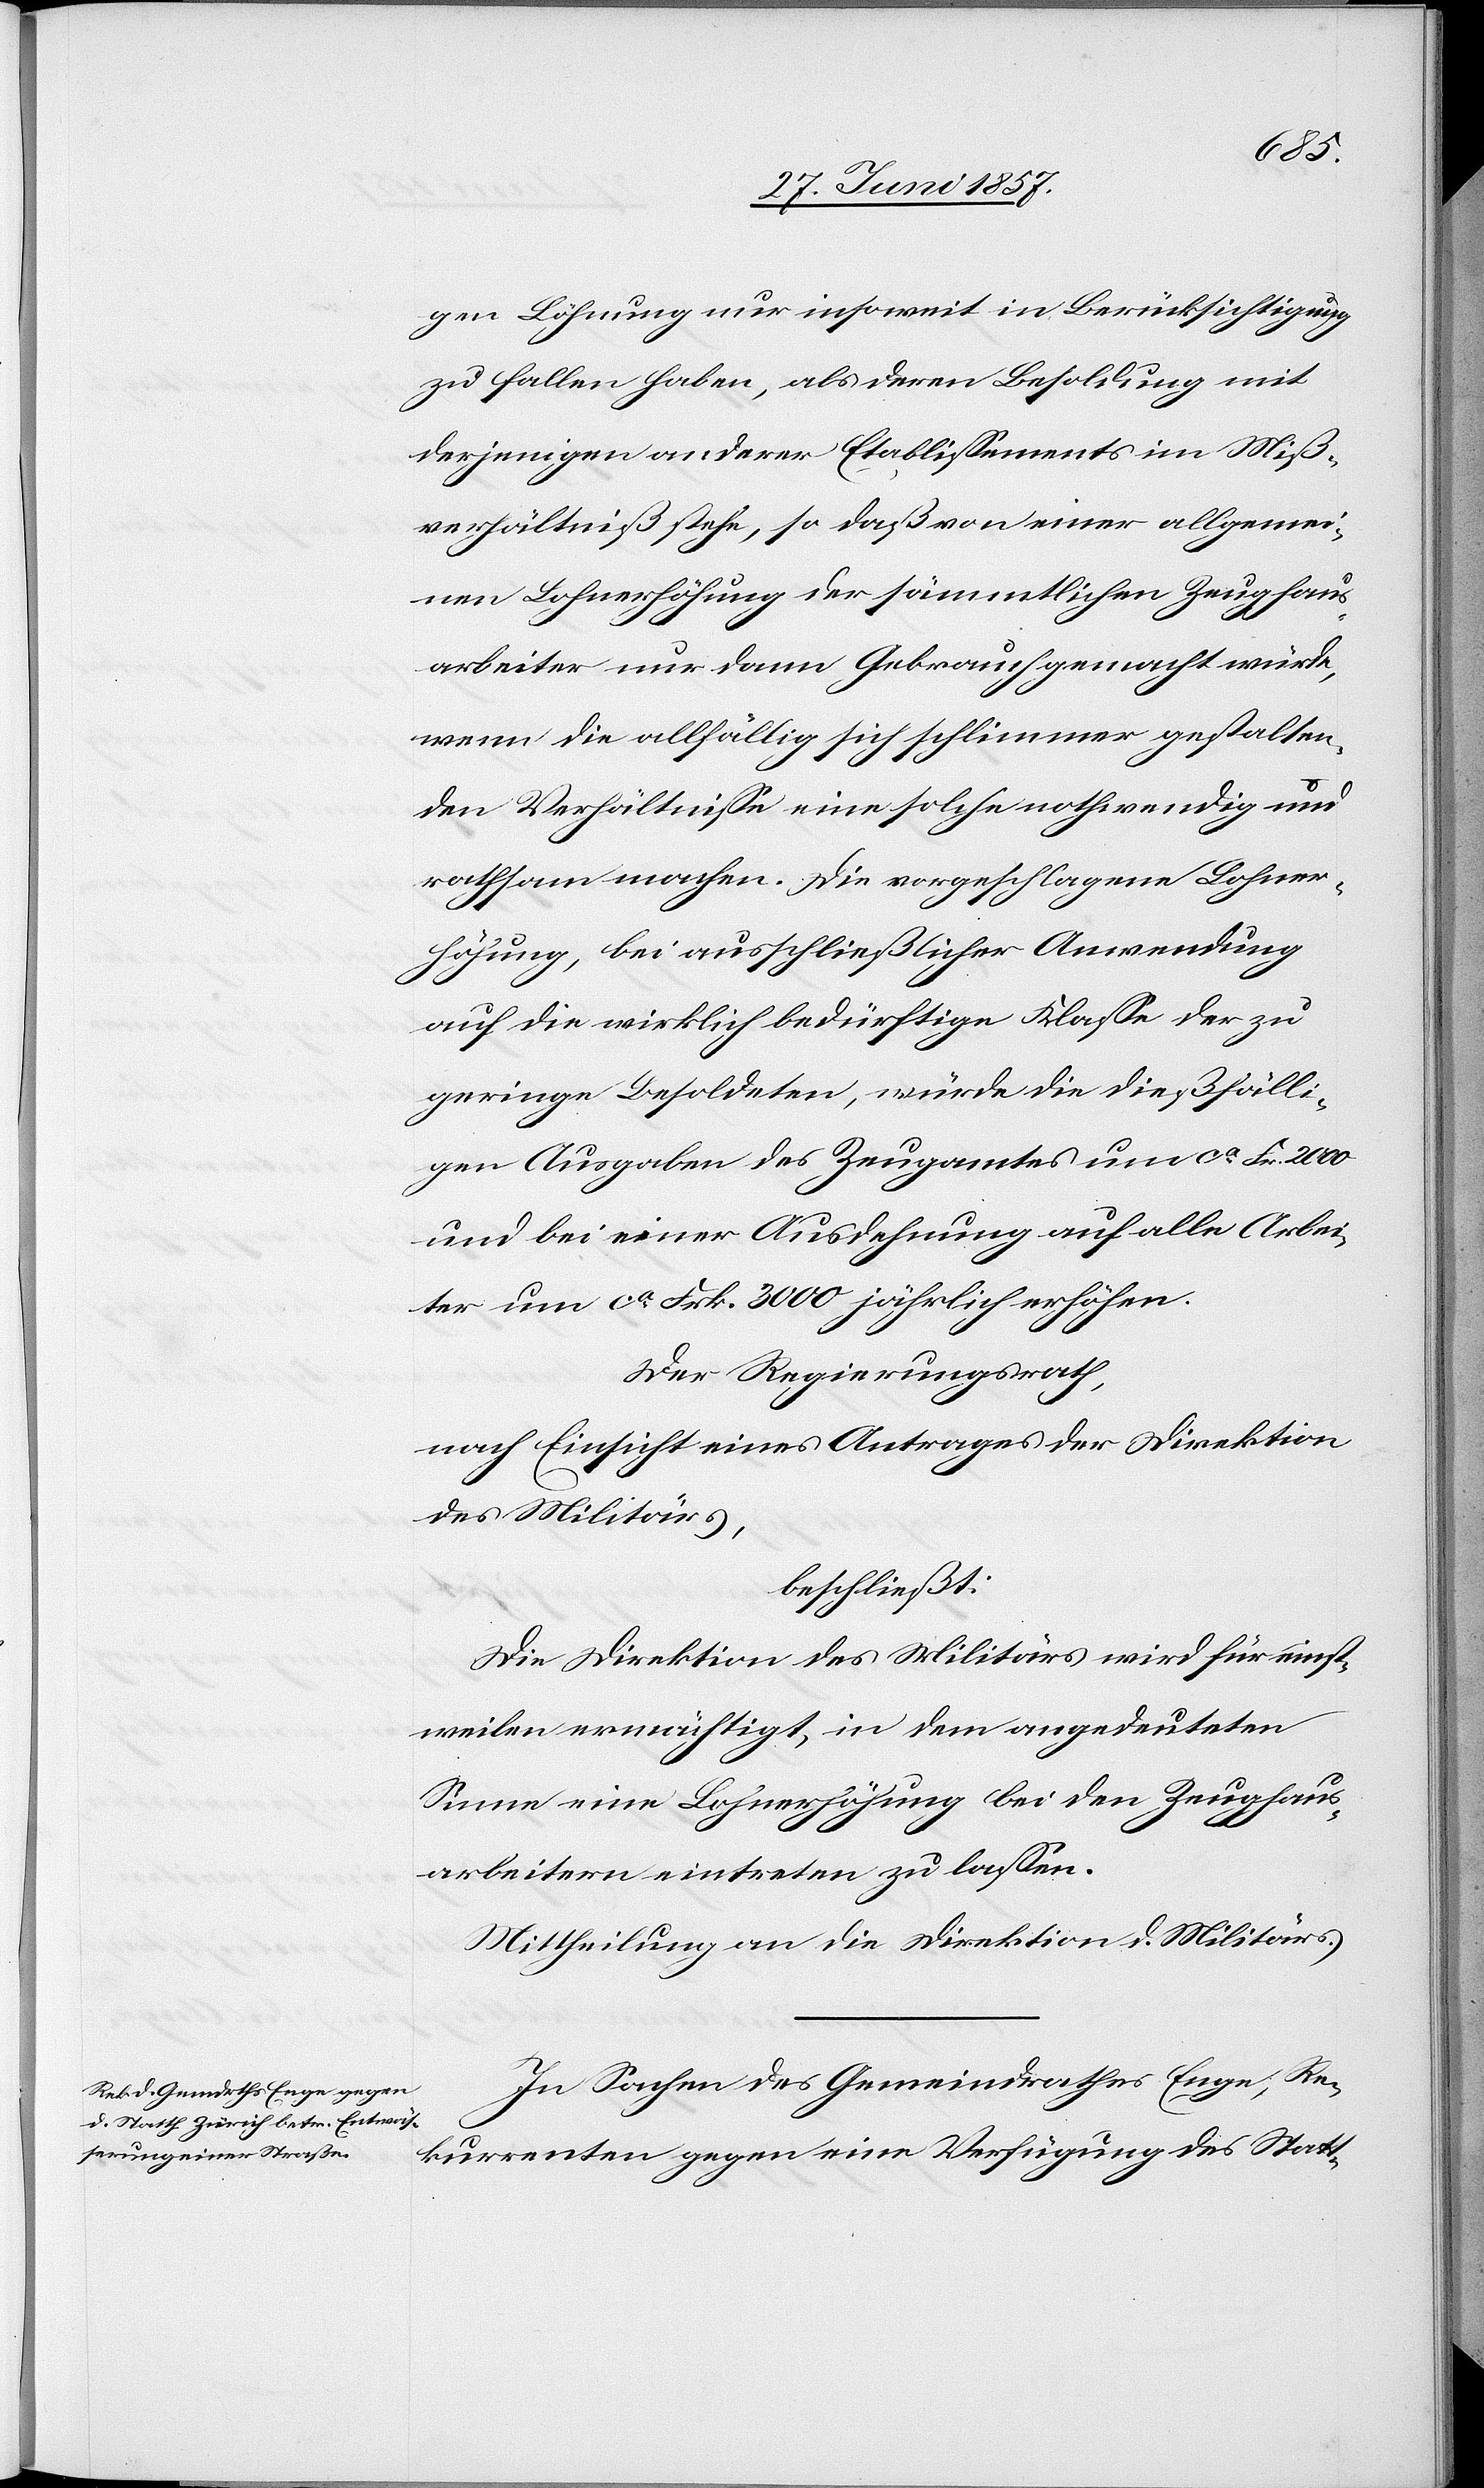
tigen Löhnung nur insoweit in Berücksichtigung
zu fallen haben, als deren Besoldung mit
derjenigen anderer Etablissements im Miß¬
verhältniß stehe, so daß von einer allgemei¬
nen Lohnerhöhung der sämmtlichen Zeughaus¬
arbeiter nur dann Gebrauch gemacht würde,
wenn die allfällig sich schlimmer gestalten¬
den Verhältnisse eine solche nothwendig und
rathsam machen. Die vorgeschlagene Lohner¬
höhung, bei ausschließlicher Anwendung
auf die wirklich bedürftige Klasse der zu
geringe Besoldeten, würde die dießfälli¬
gen Ausgaben des Zeugamtes um ca Fr. 2 000
und bei einer Ausdehnung auf alle Arbei¬
ter um ca Frk. 3 000 jährlich erhöhen.
Der Regierungsrath,
nach Einsicht eines Antrages der Direktion
des Militärs,
beschließt:
Die Direktion des Militärs wird für einst¬
weilen ermächtigt, in dem angedeuteten
Sinne eine Lohnerhöhung bei den Zeughaus¬
arbeitern eintreten zu lassen.
Mittheilung an die Direktion des Militärs.
In Sachen des Gemeindrathes Enge, Re¬
kurrenten gegen eine Verfügung des Statt-